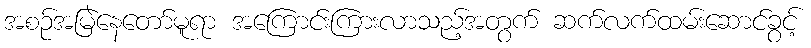
အစဉ်အမြဲနေတော်မူရာ အကြောင်းကြားလာသည့်အတွက် ဆက်လက်ထမ်းဆောင်ခွင့်